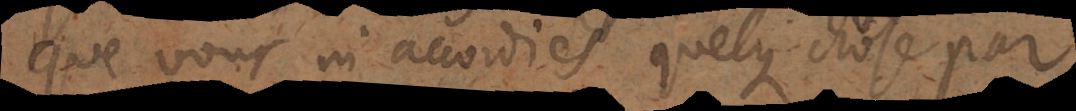
que vous m’accordiés quelque chose par